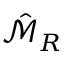
\hat { \mathscr { M } } _ { R }